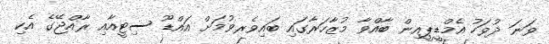
ވަނަ ދުވަހު އެމްޑީޕީއިން ބާއްވާ މުޒާހަރާގައި ބައިވެރވުމަށް އައްޑޫ ސިޓީއާއި ރާއްޖޭގެ އެކި